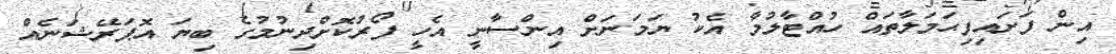
އިން ފަށައިފިޙަމަލާތައް ހުއްޓާލުމާ އެކު ޔަމަނަށް އިންސާނީ އެހީ ފޯރުކޮށްދިނުމުގެ ބިޔަ އޮޕަރޭޝަނެެއް